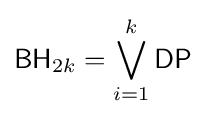
{\mathsf {BH}}_{2k}=\bigvee _{i=1}^{k}{\mathsf {DP}}